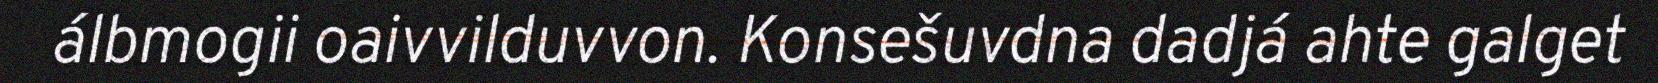
álbmogii oaivvilduvvon. Konsešuvdna dadjá ahte galget